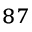
^ { 8 7 }